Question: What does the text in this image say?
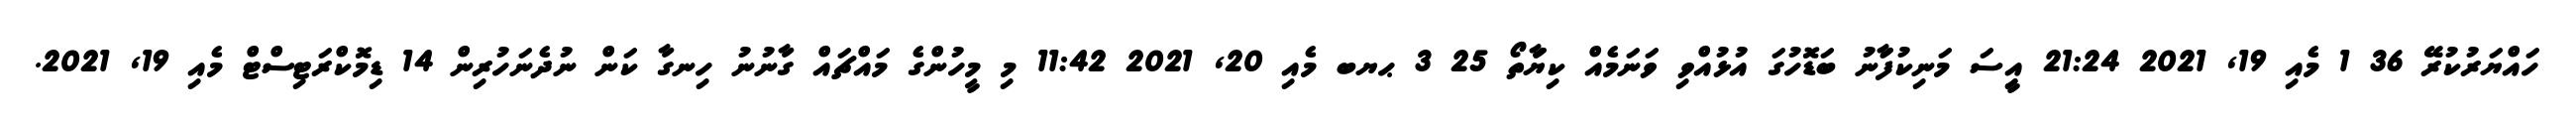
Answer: ހައްޔަރުކުރޭ 36 1 މެއި 19, 2021 21:24 އިީސަ މަނިކުފަާނު ބަޑޮހުގަ އުޅުއްވި ވަނަމެއް ކިޔަާތޯ 25 3 ޙޔބ މެއި 20, 2021 11:42 މި މީހުންގެ މައްޗައް ގާނުނު ހިނގާ ކަން ނުދެނަހުރިން 14 ޑިމޮކްރަޓިސްޓް މެއި 19, 2021.